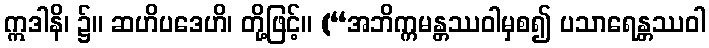
ဣဒါနိ၊ ၌။ ဆဟိပဒေဟိ၊ တို့ဖြင့်။ (“အဘိက္ကမန္တဿဝါမှစ၍ ပသာရေန္တဿဝါ